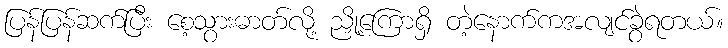
ပြန်ပြန်ဆက်ပြီး စေ့သွားဓာတ်လို့ ညှို့ကြောရှိ တဲ့နောက်ကအလျင်ခွဲရတယ်။